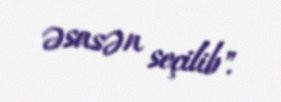
əsasən seçilib".